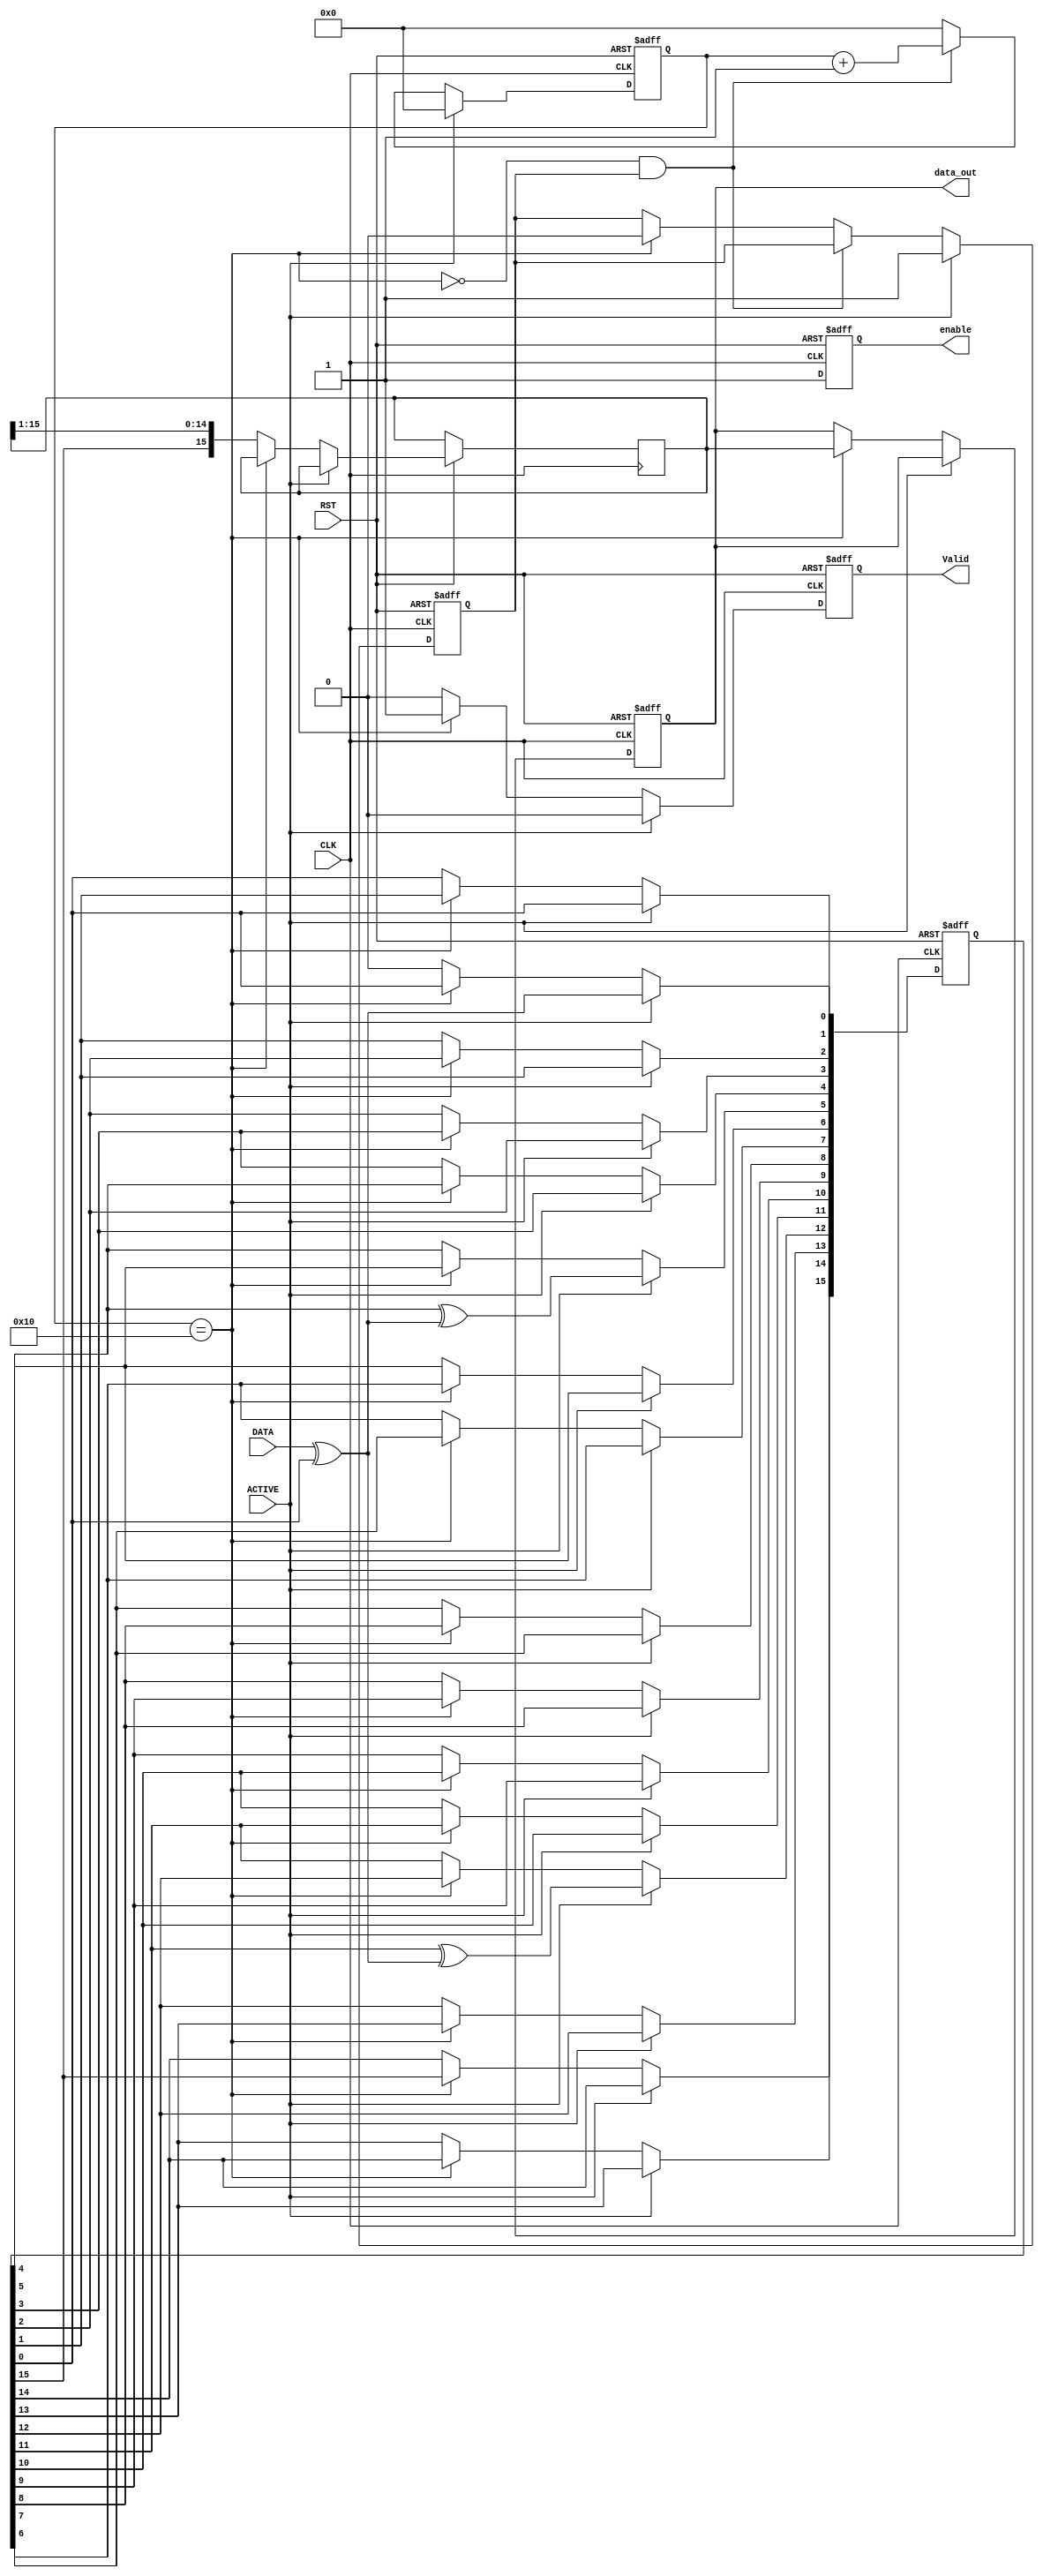
module CRC #(parameter SEED = 16'h0000) 
(
  input wire CLK,          
  input wire RST,          
  input wire DATA,          
  input wire ACTIVE,       
  output reg [15:0] data_out,     
  output reg Valid, 
  output reg enable       
);

  reg [15:0] LFSR;  
  reg [4:0] count;          
  wire Feedback;  
  wire count_max;
  reg [15:0] out;
  reg dataout;

  // feedback
  assign Feedback = DATA ^ LFSR[0];
  
  always @(posedge CLK or negedge RST) begin
    if (!RST) begin
      LFSR <= SEED;
      dataout <= 1'b0;
      data_out <= 'b0;
      Valid <= 1'b0;
      enable <= 1'b0;
    end 
    else if (ACTIVE) 
    begin 
      LFSR[0]  <= Feedback;
      LFSR[1]  <= LFSR[0];
      LFSR[2]  <= LFSR[1];
      LFSR[3]  <= LFSR[2];
      LFSR[4]  <= LFSR[3];
      LFSR[5]  <= LFSR[4]^ Feedback;
      LFSR[6]  <= LFSR[5];
      LFSR[7]  <= LFSR[6];
      LFSR[8]  <= LFSR[7];
      LFSR[9]  <= LFSR[8];
      LFSR[10] <= LFSR[9];
      LFSR[11] <= LFSR[10];
      LFSR[12] <= LFSR[11]^ Feedback;
      LFSR[13] <= LFSR[12];
      LFSR[14] <= LFSR[13];
      LFSR[15] <= LFSR[14];
      Valid <= 1'b0;
      enable <= 1'b1;
    end 
    else if (!count_max) 
    begin  
      dataout <= LFSR[15]; 
      LFSR[15:0] <= {LFSR[14:0],1'b0};  
      out <= {LFSR[15], out[15:1]};
      enable <= 1'b1;
      Valid <= 1'b0;
    end 
    else if (count_max) 
    begin
      Valid <= 1'b1;
      data_out <= out;
      enable <= 1'b1;
    end
    else 
    begin
      Valid <= 1'b0;
      data_out <= 'b0;
      enable <= 1'b0;
    end
  end
  
  reg counter_flag; 
  
  // counter to count the output bits to high Valid flag after finish
  always @(posedge CLK or negedge RST) begin
    if (!RST)
    begin
      count <= 5'b10000;
      counter_flag <= 0;
    end
    else if (ACTIVE)
    begin
      count <= 5'b0;
      counter_flag <= 1;
    end
    
    else if ((!count_max) && (counter_flag))
      count <= count + 5'b1;
    else if (count_max)
    begin
      count <= 0;
      counter_flag <= 0;
    end
    else
      count <= 0;
  end

  assign count_max = (count == 5'b10000);

endmodule